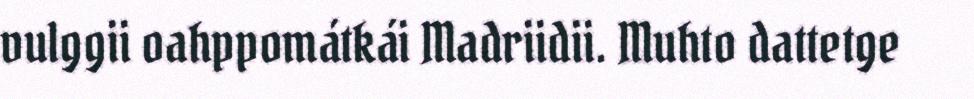
vulggii oahppomátkái Madriidii. Muhto dattetge